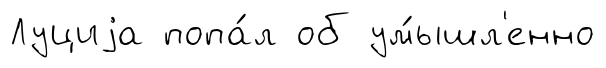
Луциjа попа́л об ум́ышл'енно